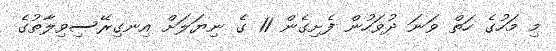
މި މަހުގެ ހަތް ވަނަ ދުވަހުން ފެށިގެން 11 ގެ ނިޔަލަށް އިނގިރޭސިވިލާތުގެ